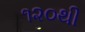
૧૨૦થી